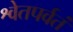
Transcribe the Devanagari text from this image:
श्वेतपर्वतं